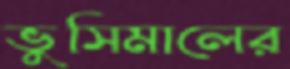
ভুসিমালের